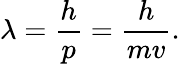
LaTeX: \lambda={\frac{h}{p}}={\frac{h}{mv}}.